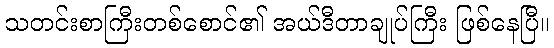
သတင်းစာကြီးတစ်စောင်၏ အယ်ဒီတာချုပ်ကြီး ဖြစ်နေပြီ။